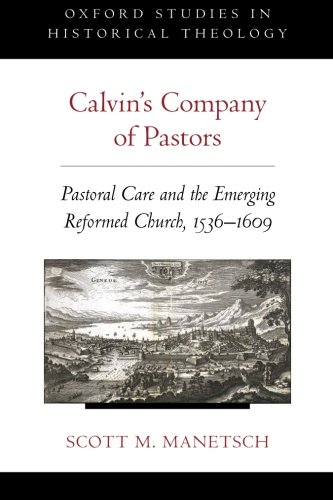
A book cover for Calvin's Company of Pastors: Pastoral Care and the Emerging Reformed Church, 1536-1609 (Oxford Studies in Historical Theology); Scott M. Manetsch; Christian Books & Bibles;